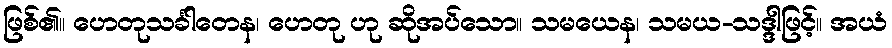
ဖြစ်၏။ ဟေတုသင်္ခါတေန၊ ဟေတု ဟု ဆိုအပ်သော။ သမယေန၊ သမယ-သဒ္ဒါဖြင့်။ အယံ